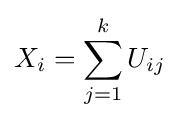
X_{i}=\sum _{j=1}^{k}U_{ij}